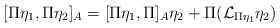
\begin{align*}[\Pi\eta_1,\Pi\eta_2]_{A}= [\Pi\eta_1,\Pi]_{A}\eta_2+ \Pi(\mathcal{L}_{\Pi\eta_1}\eta_2)\end{align*}